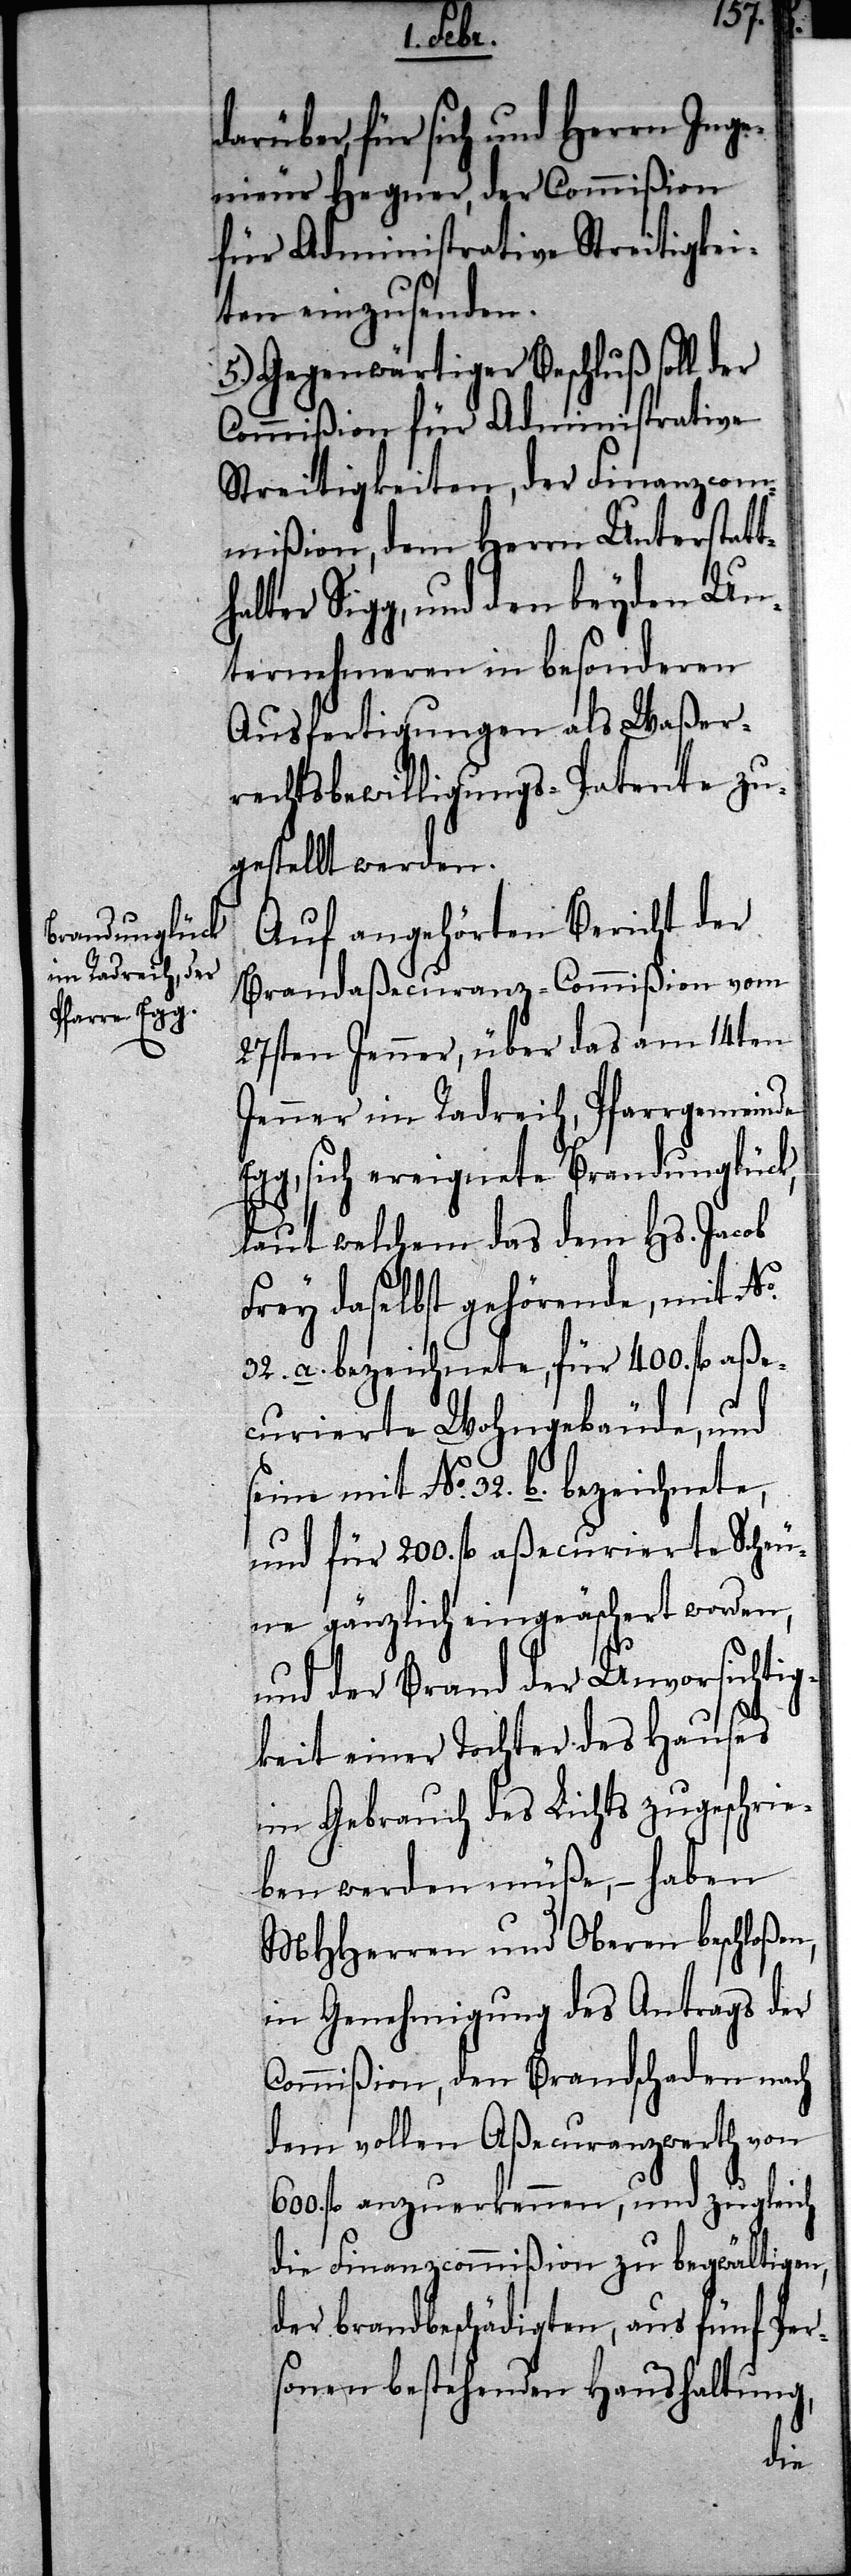
n,

darüber, für sich und Herrn Inge¬
nieur Hegner, der Commißion
für Administrative Streitigkei¬
ten einzusenden.
5.) Gegenwärtiger Beschluß soll der
Commißion für Administrative
Streitigkeiten, der Finanzcom¬
mißion, dem Herrn Unterstatt¬
alter Sigg, und den beyden Un¬
ternehmeren in besonderen
Ausfertigungen als Waßer¬
rechtsbewilligungs-Patente zu¬
gestellt werden.
Auf angehörten Bericht der
Brandaßecuranz-Commißion vom
27sten Jenner, über das am 14ten
Jenner im Radreich, Pfarrgemeinde
g, sich ereignete Brandunglück,
laut welchem das dem Hs. Jacob
Frey daselbst gehörende, mit No.
32. a. bezeichnete, für 400. fl. aße¬
curierte Wohngebäude, und
seine mit No. 32. b. bezeichnete,
und für 200. fl. aßecurierte Scheu¬
ne gänzlich eingeäschert worden,
und der Brand der Unvorsichtig¬
keit einer Tochter des Hauses
in Gebrauch des Lichts zugeschrie¬
ben werden müße, – haben
MHHerren und Oberen beschloße¬
in Genehmigung des Antrags der
Commißion, den Brandschaden nach
dem vollen Aßecuranzwerth von
600. fl. anzuerkennen, und zugleich
die Finanzcommißion zu begwältigen,
der brandbeschädigten, aus fünf Per¬
sonen bestehenden Haushaltung,